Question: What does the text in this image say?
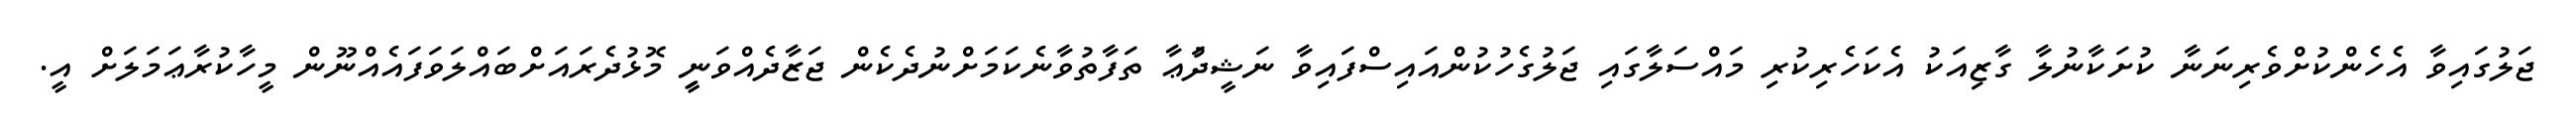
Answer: ޖަލުގައިވާ އެހެންކުށްވެރިނަނާ ކުށަކާނުލާ ގާޒިއަކު އެކަހެރިކުރި މައްސަލާގައި ޖަލުގެހުކުންއައިސްފައިވާ ނަޝީދުަޢާ ތަފާތުވާނެކަމަށްނުދެކެން ޖަޒާދެއްވަނިީ މޮޅުދެރައަށްބައްލަވަފައެއްނޫން މީހާކުރާޢަމަލަށް އީ.